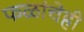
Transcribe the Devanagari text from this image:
फळांचेही